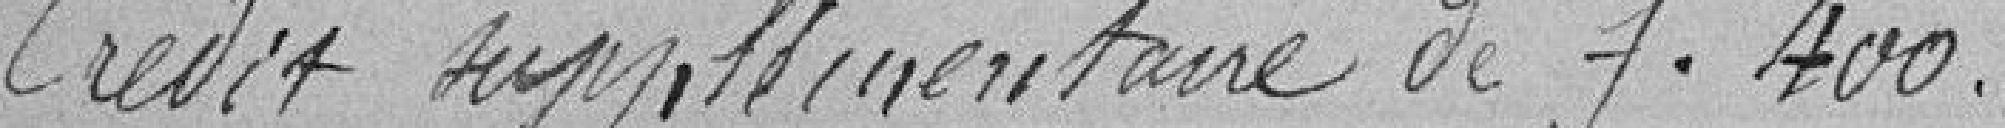
Crédit supplémentaire de 400 francs